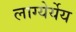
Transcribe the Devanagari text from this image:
लाग्येर्येय